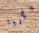
ذكروا